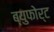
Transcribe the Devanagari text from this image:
ब्युफोर्ट